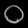
Digit: ၀